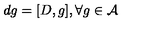
d g = [ D , g ] , \forall g \in { \cal A }